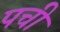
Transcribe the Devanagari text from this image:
पची